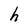
Character: h